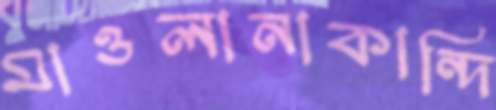
মাওলানাকান্দি